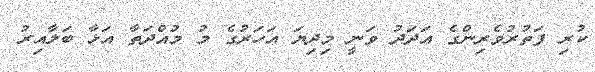
ކުރި ފަތުރުވެރިންގެ އަދަދު ވަނީ މިދިޔަ އަހަރުގެ މު މުއްދަތާ އަޅާ ބަލާއިރު